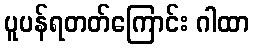
ပူပန်ရတတ်ကြောင်း ဂါထာ